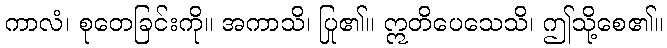
ကာလံ၊ စုတေခြင်းကို။ အကာသိ၊ ပြု၏။ ဣတိပေသေသိ၊ ဤသို့စေ၏။